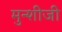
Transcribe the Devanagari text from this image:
मुन्शीजी